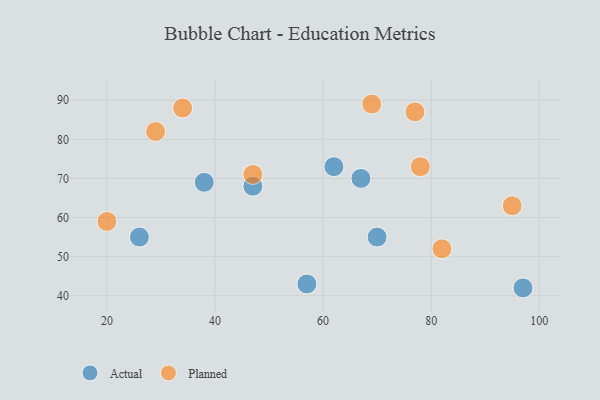
{"axis": {"x": "GDP", "y": "Life Expectancy"}, "legend": ["Actual", "Planned"], "data": [{"x": "47", "y": 68, "type": "Actual"}, {"x": "26", "y": 55, "type": "Actual"}, {"x": "97", "y": 42, "type": "Actual"}, {"x": "70", "y": 55, "type": "Actual"}, {"x": "57", "y": 43, "type": "Actual"}, {"x": "67", "y": 70, "type": "Actual"}, {"x": "38", "y": 69, "type": "Actual"}, {"x": "62", "y": 73, "type": "Actual"}, {"x": "69", "y": 89, "type": "Planned"}, {"x": "20", "y": 59, "type": "Planned"}, {"x": "47", "y": 71, "type": "Planned"}, {"x": "77", "y": 87, "type": "Planned"}, {"x": "78", "y": 73, "type": "Planned"}, {"x": "29", "y": 82, "type": "Planned"}, {"x": "82", "y": 52, "type": "Planned"}, {"x": "95", "y": 63, "type": "Planned"}, {"x": "34", "y": 88, "type": "Planned"}]}